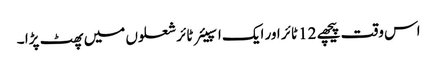
اس وقت پیچھے 12 ٹائر اور ایک اسپیئر ٹائر شعلوں میں پھٹ پڑا ۔